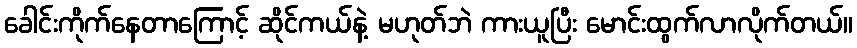
ခေါင်းကိုက်နေတာကြောင့် ဆိုင်ကယ်နဲ့ မဟုတ်ဘဲ ကားယူပြီး မောင်းထွက်လာလိုက်တယ်။